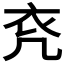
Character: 𧘊